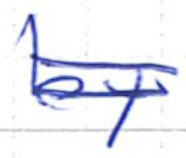
Text: by
Cross-out: double-line
Writing tool: ballpoint